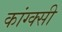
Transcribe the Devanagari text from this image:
कांग्क्सी